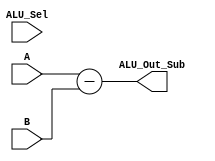
module Sub(output [3:0] ALU_Out_Sub, input [3:0] A, input [3:0] B,input [3:0] ALU_Sel);
assign ALU_Out_Sub = A - B ;
endmodule